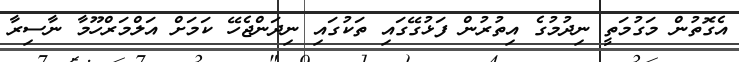
އެގޮތުން މަގުމަތީ ނިދުމުގެ އިތުރުން ފަޅުގޭގައި ތަކުގައި ނިދަންޖެހޭ ކަމަށް އަލްމަރްހޫމާ ނާސިރާ